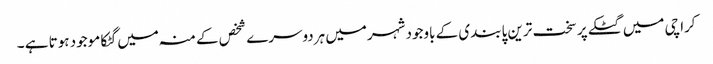
کراچی میں گٹکے پر سخت ترین پابندی کے باوجود شہرمیں ہردوسرے شخص کے منہ میں گٹکا موجود ہوتا ہے ۔